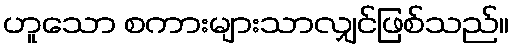
ဟူသော စကားများသာလျှင်ဖြစ်သည်။